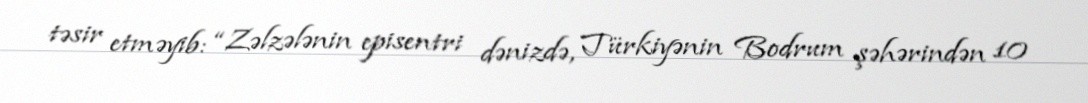
təsir etməyib: “Zəlzələnin episentri dənizdə, Türkiyənin Bodrum şəhərindən 10